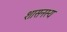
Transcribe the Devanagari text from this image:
शासनस्य